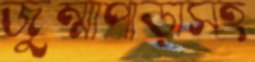
জুম্মাপাড়াসহ